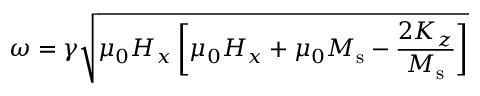
\omega = \gamma \sqrt { \mu _ { 0 } H _ { x } \left[ \mu _ { 0 } H _ { x } + \mu _ { 0 } M _ { \mathrm { s } } - \frac { 2 K _ { z } } { M _ { \mathrm { s } } } \right] }